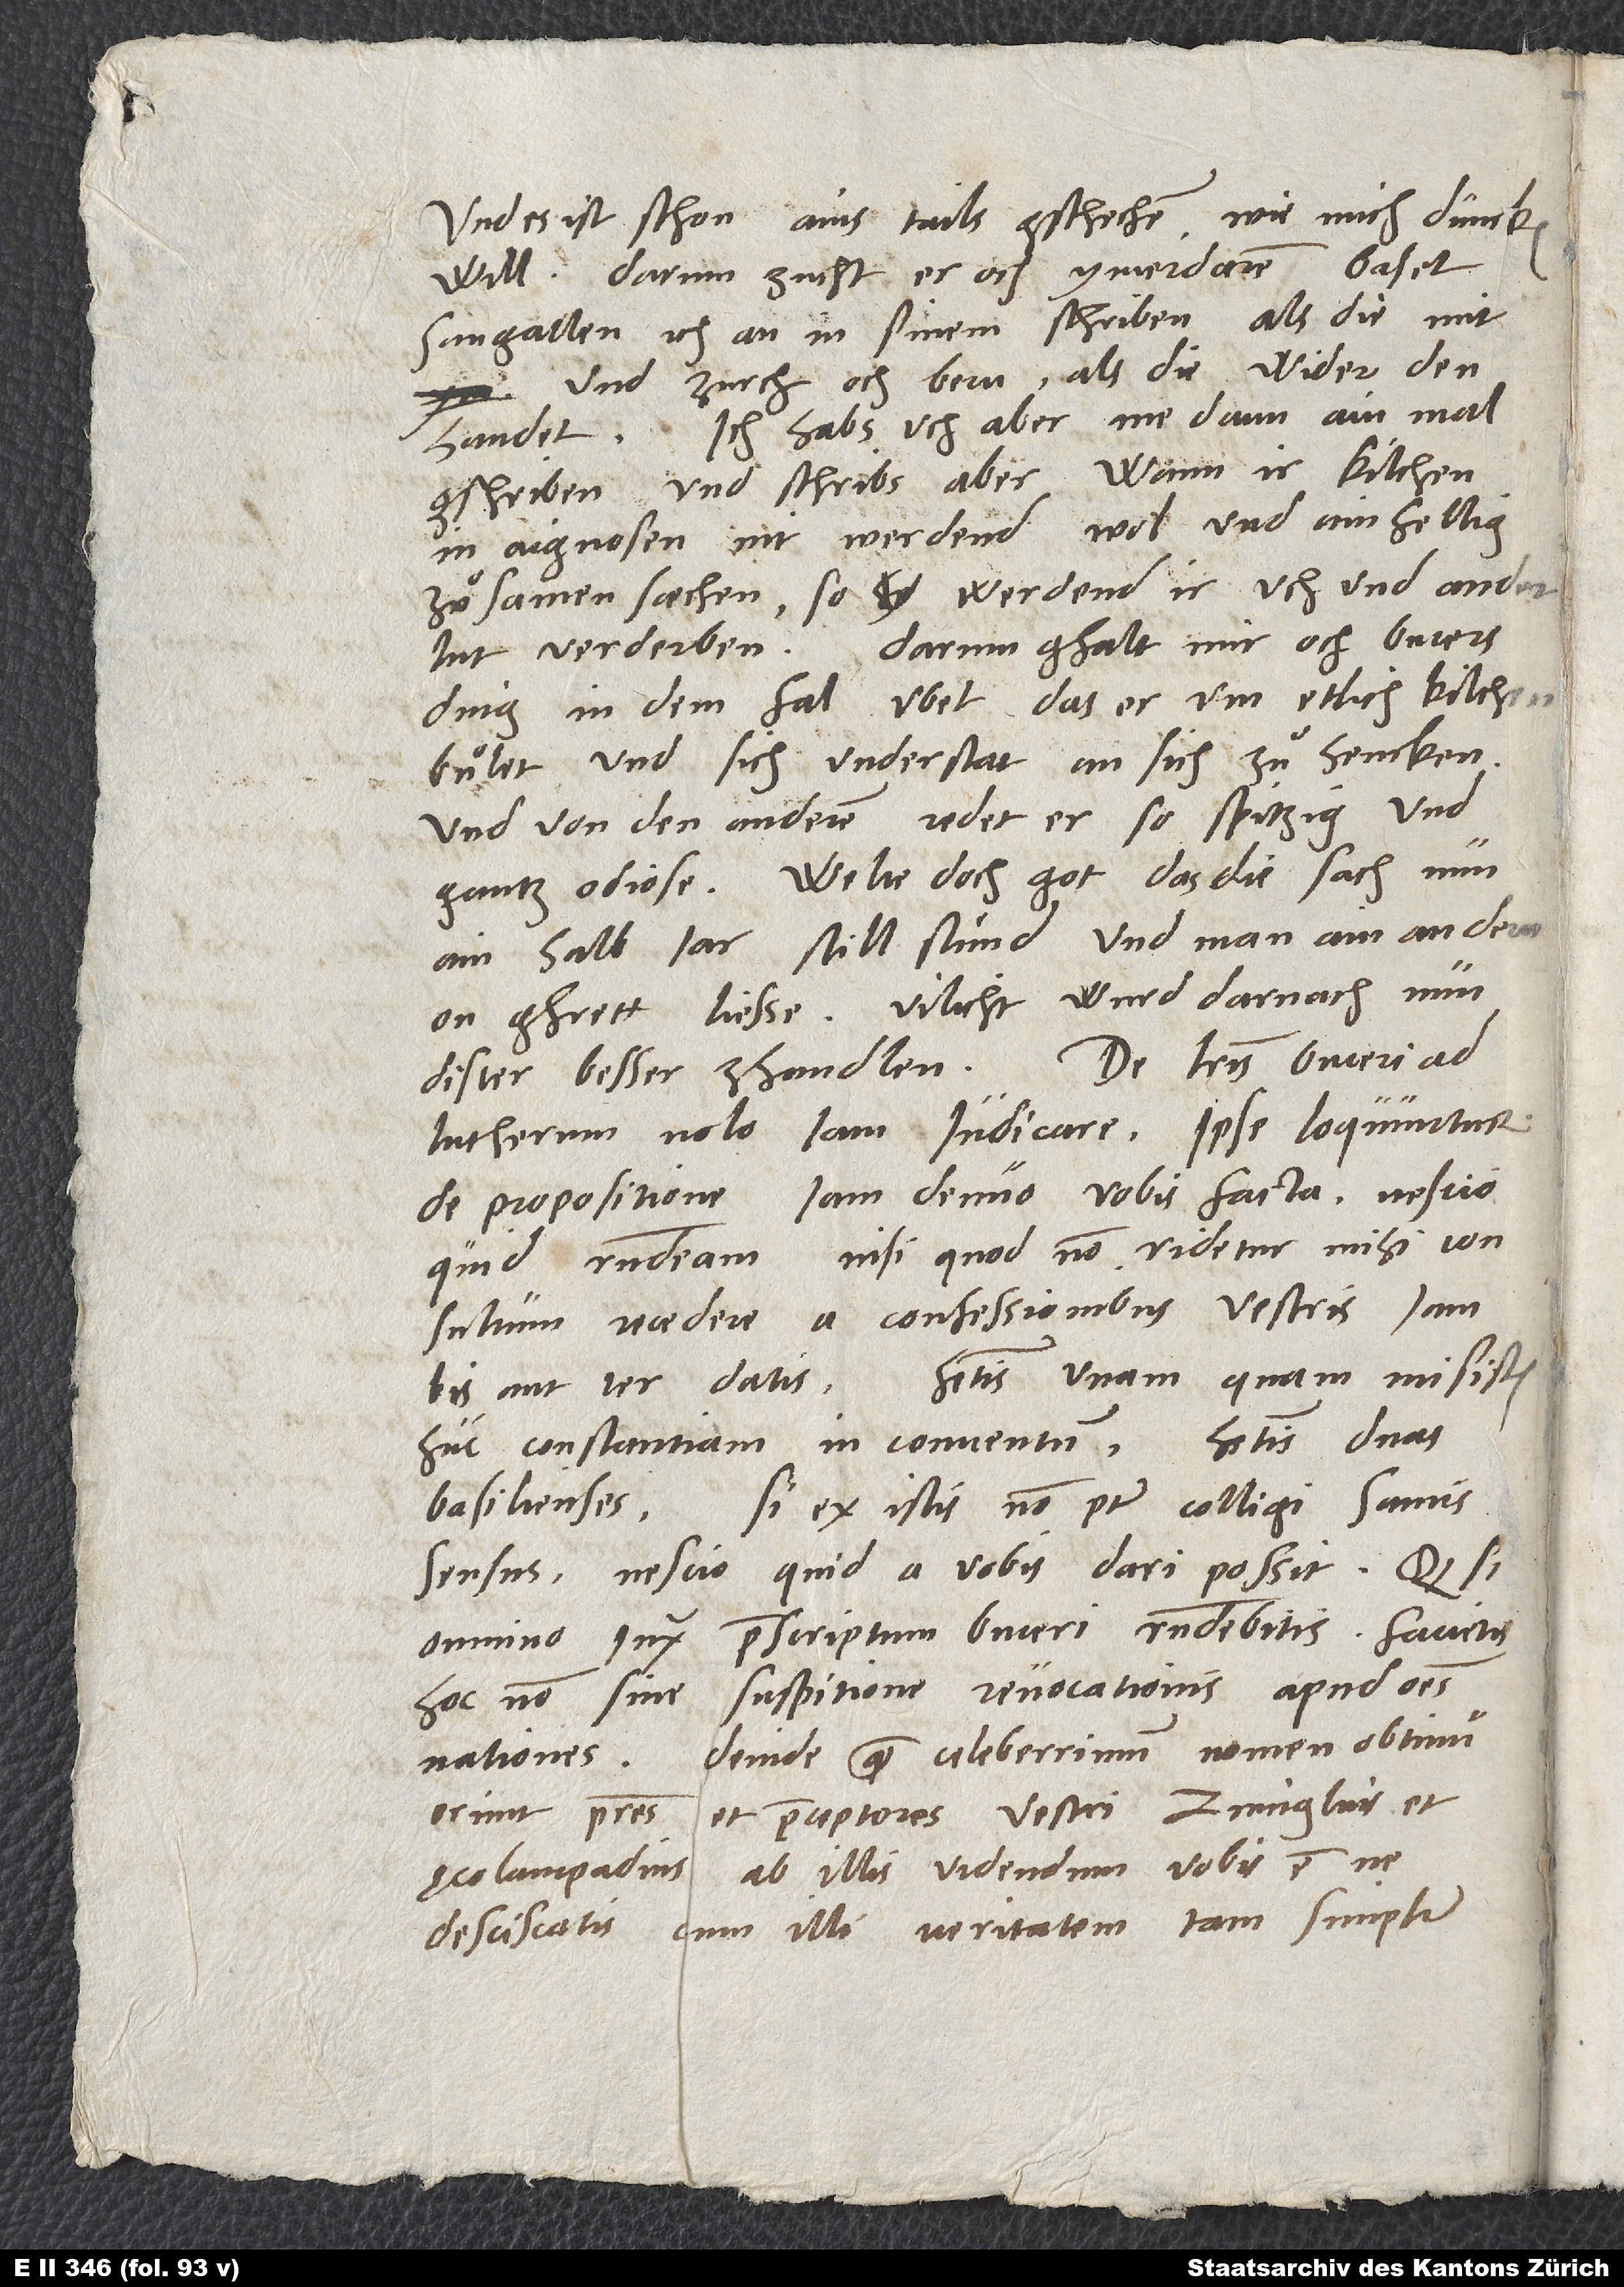
Und es ist schon ains tails gschechen, wie mich duncken
will. Darum zucht er och ymerdaren Basel,
Sangallen etc. an in sinem schriben, als die mit,
und Zurch, och Bern, als die wider den
handel. Ich habs uch aber me dann ain mal
gschriben und schribs aber: Wann ir kilchen
in aignosen nit werdend wol und ainhellig
zuͦsamen saechen, so werdend ir uch und ander
lut verderben. Darum gfalt mir och Bucers
ding in dem fal ubel, das er um etlich kilchen
buͦlet und sich understat an sich zuͦ hencken,
und von den anderen redet er so spitzig und
gantz odiose. Welte doch got, das die sach nun
ain halb jar still stuͤnd und man ain andern
on gfrett liesse! Vilicht wurd darnach nun
Lutherum nolo iam iudicare; ipse loquuntur.
De propositione iam denuo vobis facta nescio,
quid respondeam, nisi quod non videtur mihi consultum
recedere a confessionibus vestris iam
aut ter datis. Habetis unam, quam misistis
huc Constantiam in conventum; habetis duas
Basilienses.
Si ex istis non potest colligi sanus
sensus, nescio, quid a vobis dari possit. Quodsi
praescriptum Buceri respondebitis, facietis
suspitione revocationis apud omnes
hoc non sine
Deinde quam celeberrimum nomen obtinuerunt
nationes.
patres et praeceptores vestri Zvinglius et
ab illis, videndum vobis est, ne
cum illi veritatem tam simpliciter
desciscatis,